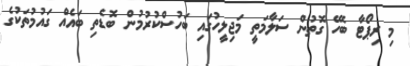
މި ރިޕޯޓާ ބެހޭ ގޮތުން ސަލާމަތީ މަޖިލީހުގައި ބަހުސްކުރުމުން ބޮޑެތި ބައެއް ގައުމުތަކުގެ